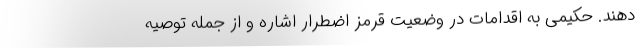
دهند. حکیمی به اقدامات در وضعیت قرمز اضطرار اشاره و از جمله توصیه